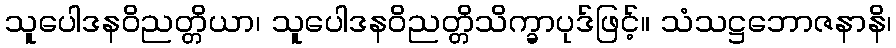
သူပေါဒနဝိညတ္တိယာ၊ သူပေါဒနဝိညတ္တိသိက္ခာပုဒ်ဖြင့်။ သံသဋ္ဌဘောဇနာနိ၊